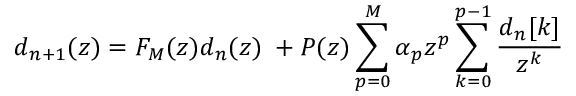
d _ { n + 1 } ( z ) = F _ { M } ( z ) d _ { n } ( z ) \; + P ( z ) \sum _ { p = 0 } ^ { M } \alpha _ { p } z ^ { p } \sum _ { k = 0 } ^ { p - 1 } \frac { d _ { n } [ k ] } { z ^ { k } }